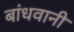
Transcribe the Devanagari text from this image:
बांधवानी